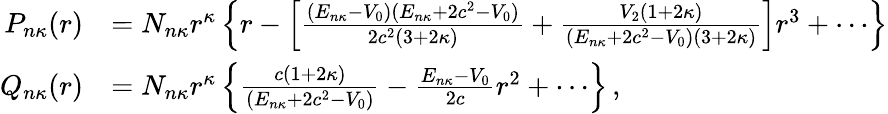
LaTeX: \begin{array}{r}{\begin{array}{rl}{P_{n\kappa}(r)}&{=N_{n\kappa}r^{\kappa}\left\{ r-\left[\frac{(E_{n\kappa}-V_{0})(E_{n\kappa}+2c^{2}-V_{0})}{2c^{2}(3+2\kappa)}+\frac{V_{2}(1+2\kappa)}{(E_{n\kappa}+2c^{2}-V_{0})(3+2\kappa)}\right]r^{3}+\cdots\right\} }\\ {Q_{n\kappa}(r)}&{=N_{n\kappa}r^{\kappa}\left\{ \frac{c(1+2\kappa)}{(E_{n\kappa}+2c^{2}-V_{0})}-\frac{E_{n\kappa}-V_{0}}{2c}r^{2}+\cdots\right\} \, ,}\end{array}}\end{array}